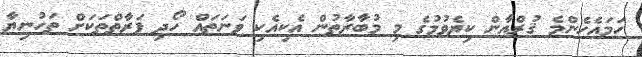
ހަމައެހެންމެ ޤުރްއާން ކިޔެވުމުގެ މި މުބާރާތުން އެކިއެކި ވަނަތައް ހޯދި ފަރާތްތަކަށް ތަހުނިޔާ